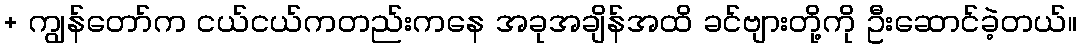
+ ကျွန်တော်က ငယ်ငယ်ကတည်းကနေ အခုအချိန်အထိ ခင်ဗျားတို့ကို ဦးဆောင်ခဲ့တယ်။